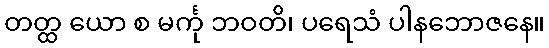
တတ္ထ ယော စ မင်္ကု ဘဝတိ၊ ပရေသံ ပါနဘောဇနေ။